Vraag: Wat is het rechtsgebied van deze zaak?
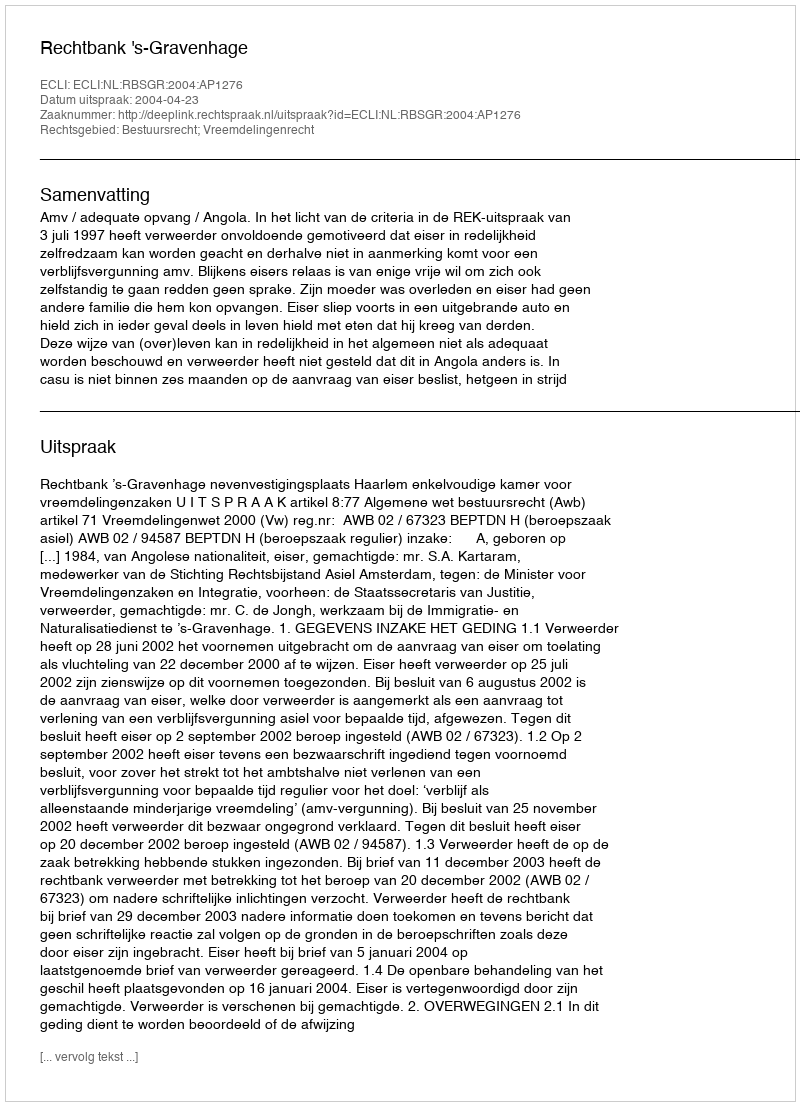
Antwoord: Bestuursrecht; Vreemdelingenrecht